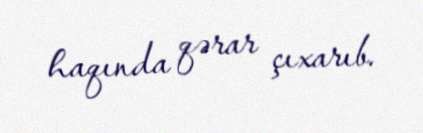
haqında qərar çıxarıb.